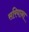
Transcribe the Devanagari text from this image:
सरियाना